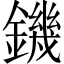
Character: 鐖